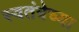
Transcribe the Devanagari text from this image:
स्वतंत्रेच्या